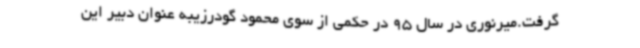
گرفت.میرنوری در سال 95 در حکمی از سوی محمود گودرزیبه عنوان دبیر این